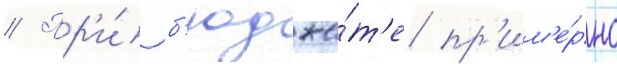
// Пр'и́ б'юдже́т'е пр'им'е́рно